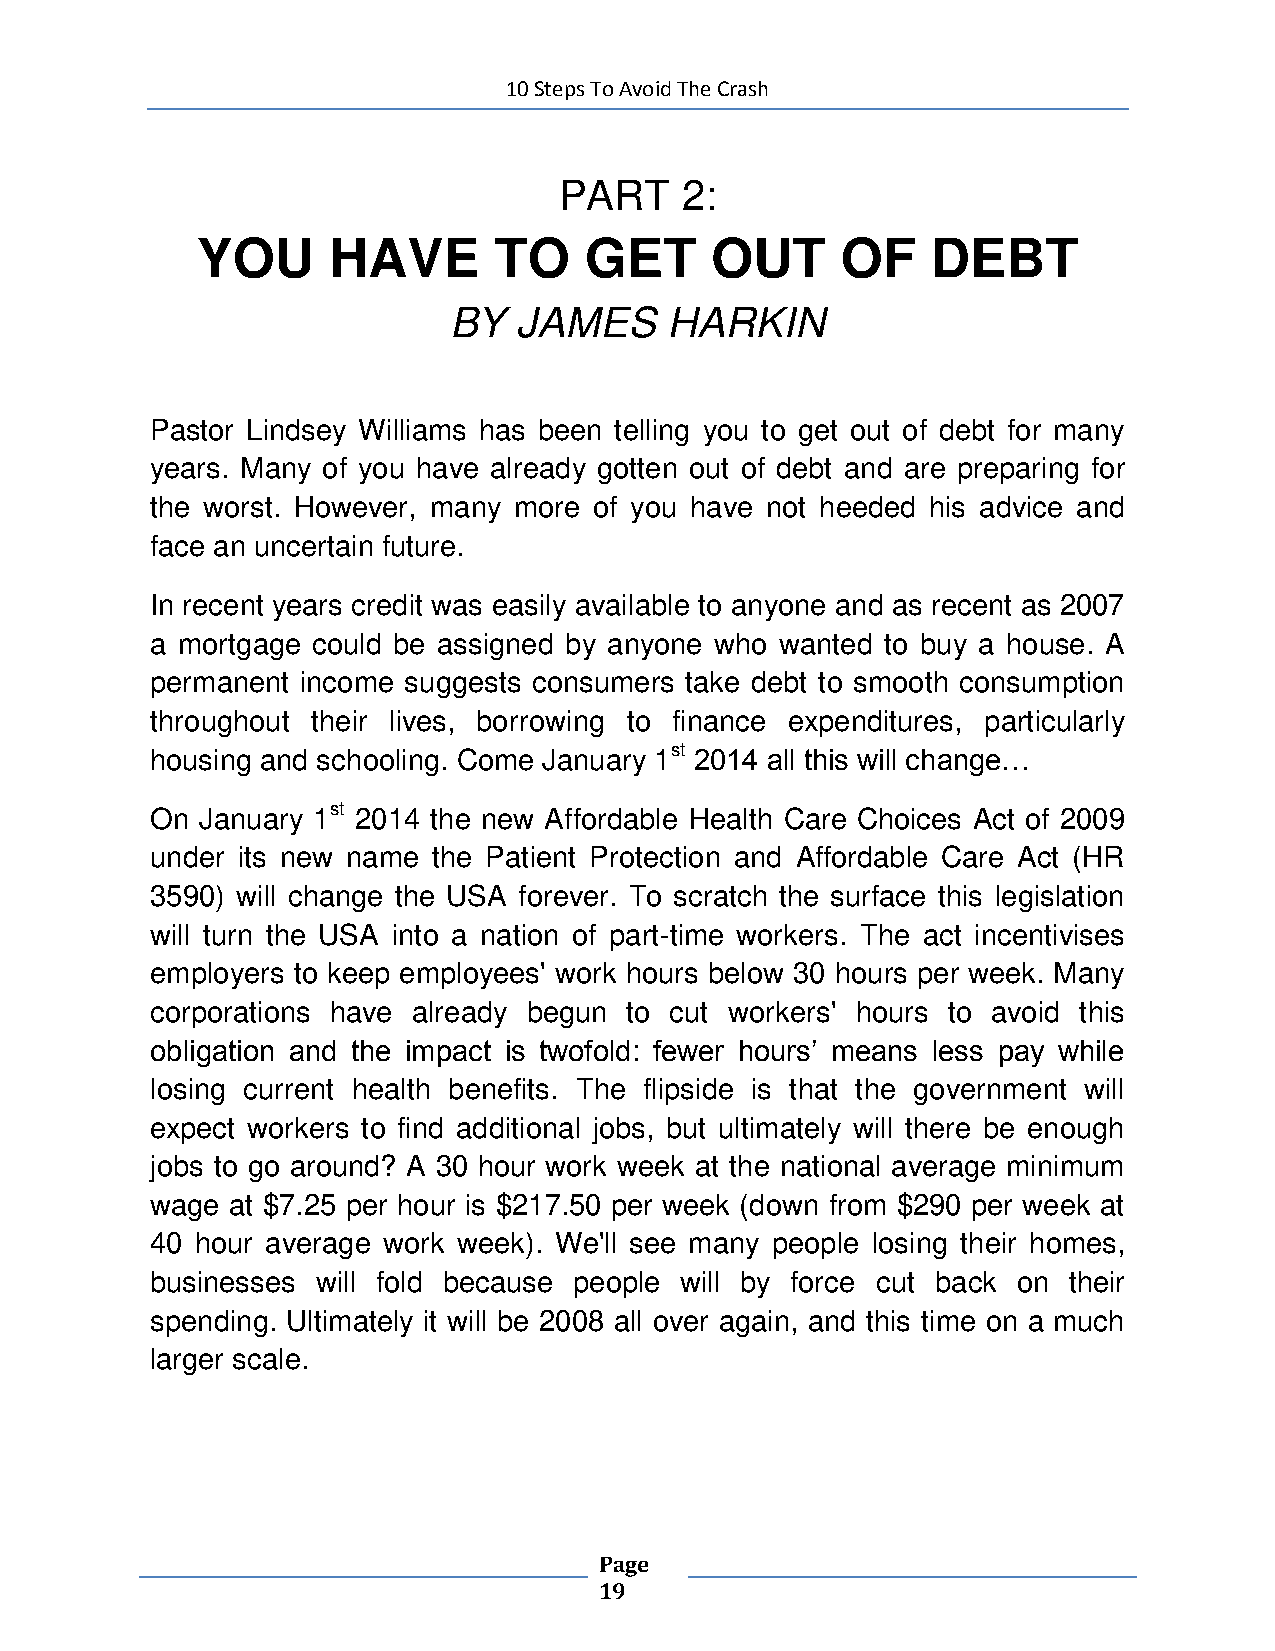
10 Steps To Avoid The Crash
 PART    2:
 YOU      HAVE       TO    GET     OUT      OF    DEBT
 BY  JAMES     HARKIN
 Pastor Lindsey Williams has been telling you to get out of debt for many
 years. Many of you have already gotten out of debt and are preparing for
 the worst. However, many more of you have not heeded his advice and
 face an uncertain future.
 In recent years credit was easily available to anyone and as recent as 2007
 a mortgage could be assigned by anyone who wanted to buy a house. A
 permanent income suggests consumers take debt to smooth consumption
 throughout their lives, borrowing to finance expenditures, particularly
 housing and schooling. Come January 1st 2014 all this will change…
 On January 1st 2014 the new Affordable Health Care Choices Act of 2009
 under its new name the Patient Protection and Affordable Care Act (HR
 3590) will change the USA forever. To scratch the surface this legislation
 will turn the USA into a nation of part-time workers. The act incentivises
 employers to keep employees' work hours below 30 hours per week. Many
 corporations have already begun to cut workers' hours to avoid this
 obligation and the impact is twofold: fewer hours’ means less pay while
 losing current health benefits. The flipside is that the government will
 expect workers to find additional jobs, but ultimately will there be enough
 jobs to go around? A 30 hour work week at the national average minimum
 wage at $7.25 per hour is $217.50 per week (down from $290 per week at
 40 hour average work week). We'll see many people losing their homes,
 businesses will fold because people will by force cut back on their
 spending. Ultimately it will be 2008 all over again, and this time on a much
 larger scale.
 Page
 19